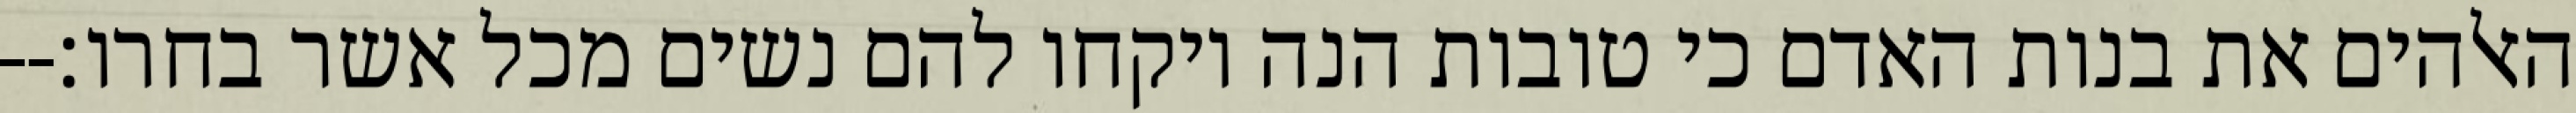
האלהים את בנות האדם כי טובות הנה ויקחו להם נשים מכל אשר בחרו׃--